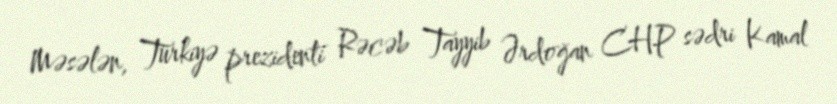
Məsələn, Türkiyə prezidenti Rəcəb Tayyib Ərdoğan CHP sədri Kamal